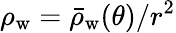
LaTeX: \rho_{\mathrm{w}}=\bar{\rho}_{\mathrm{w}}(\theta)/r^{2}